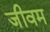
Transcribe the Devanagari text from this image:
जीवम